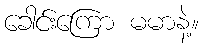
ခေါင်းကြော မမာနဲ့။